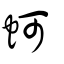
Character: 蚵